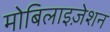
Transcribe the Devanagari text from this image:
मोबिलाइज़ेशन